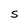
Character: S